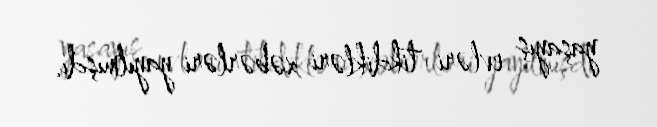
yaşayış evləri tikdikləri xəbərləri yayılmışdı.